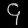
Digit: ၄